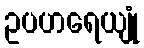
ဥပဟရေယျုံ